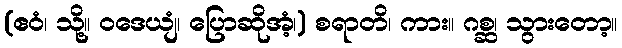
(ဧဝံ၊ သို့။ ဝဒေယျံ၊ ပြောဆိုအံ့၊) စရာတိ၊ ကား။ ဂစ္ဆ၊ သွားတော့။